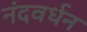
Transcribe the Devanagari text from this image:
नंदवर्धन